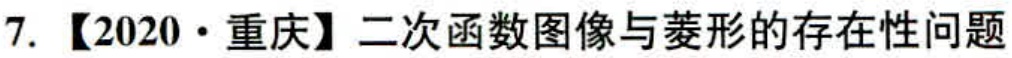
7. 【2020·重庆】二次函数图像与菱形的存在性问题